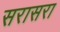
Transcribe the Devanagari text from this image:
सरासरा